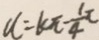
u = k \pi - \frac { 1 } { 4 } \pi